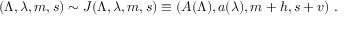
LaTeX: ( \Lambda , \lambda , m , s ) \sim { \cal J } ( \Lambda , \lambda , m , s ) \equiv ( A ( \Lambda ) , a ( \lambda ) , m + h , s + v ) ~ .